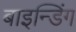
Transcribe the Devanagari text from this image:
बाइन्डिंग